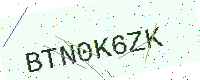
Text: BTN0K6ZK